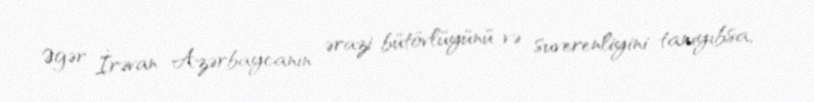
Əgər İrəvan Azərbaycanın ərazi bütövlüyünü və suverenliyini tanıyıbsa,